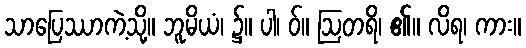
သာပြေဿာကဲ့သို့။ ဘူမိယံ၊ ၌။ ပါ၊ ဝ်။ ဩတရိ၊ ၏။ လိရ၊ ကား။